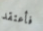
فأعتقد